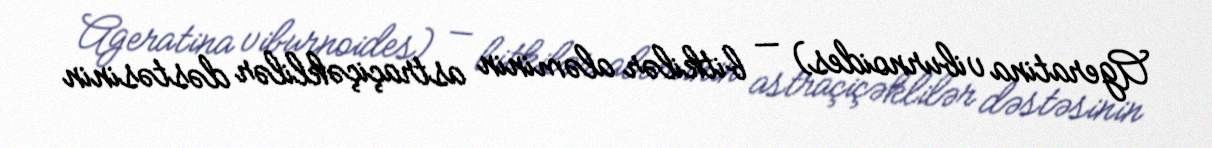
Ageratina viburnoides) — bitkilər aləminin astraçiçəklilər dəstəsinin